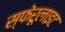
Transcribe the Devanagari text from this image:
स्फेरूलाइट